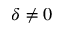
\delta \neq 0